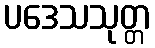
ပဒေသသုတ္တ